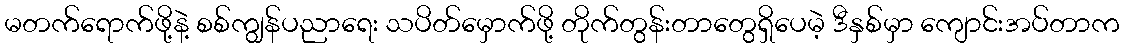
မတက်ရောက်ဖို့နဲ့ စစ်ကျွန်ပညာရေး သပိတ်မှောက်ဖို့ တိုက်တွန်းတာတွေရှိပေမဲ့ ဒီနှစ်မှာ ကျောင်းအပ်တာက